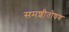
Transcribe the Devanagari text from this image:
समशीतोषण